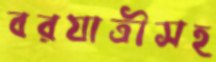
বরযাত্রীসহ